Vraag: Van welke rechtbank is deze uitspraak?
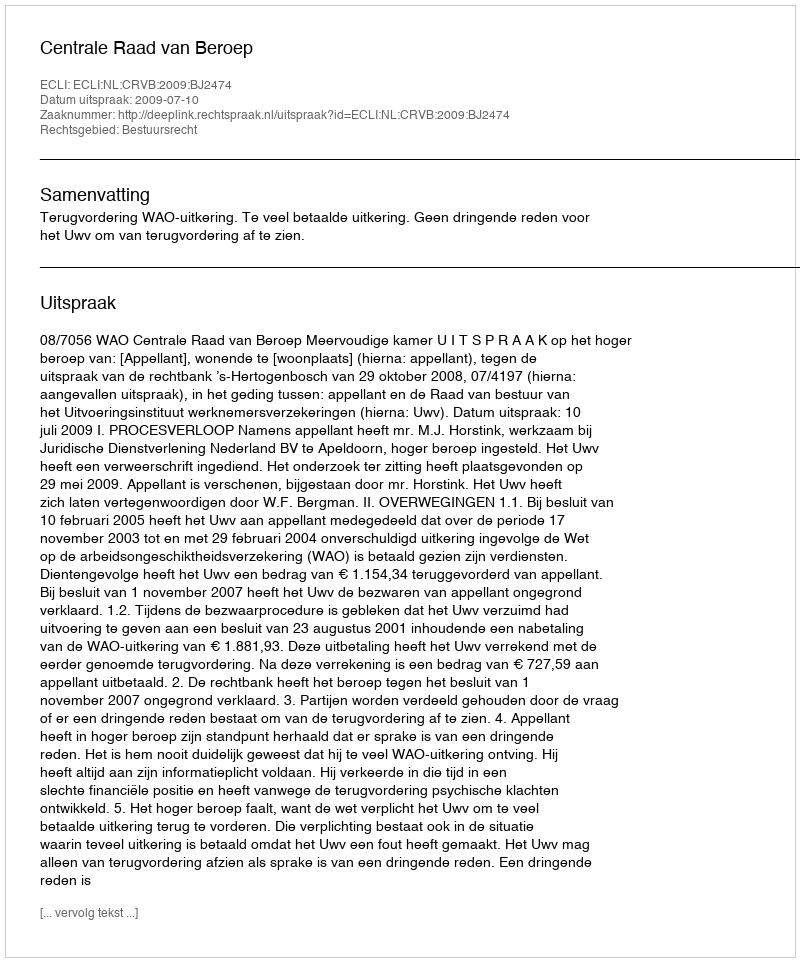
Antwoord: Centrale Raad van Beroep